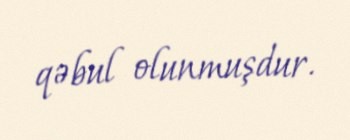
qəbul olunmuşdur.